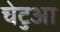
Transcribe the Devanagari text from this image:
चेटुआ